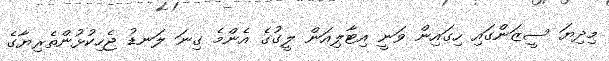
މިދިޔަ ސީޒަންގައި ހިގައިން ވަނީ އިޓާލިއަން ލީގުގެ އެންމެ ގިނަ ލަނޑު ޖެހިކުޅުންތެރިޔާގެ